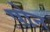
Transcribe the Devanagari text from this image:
षोन